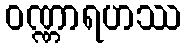
ဝဏ္ဏာရဟဿ